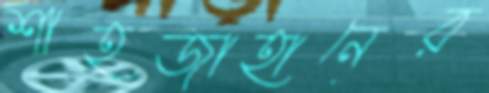
শাহজাহানের